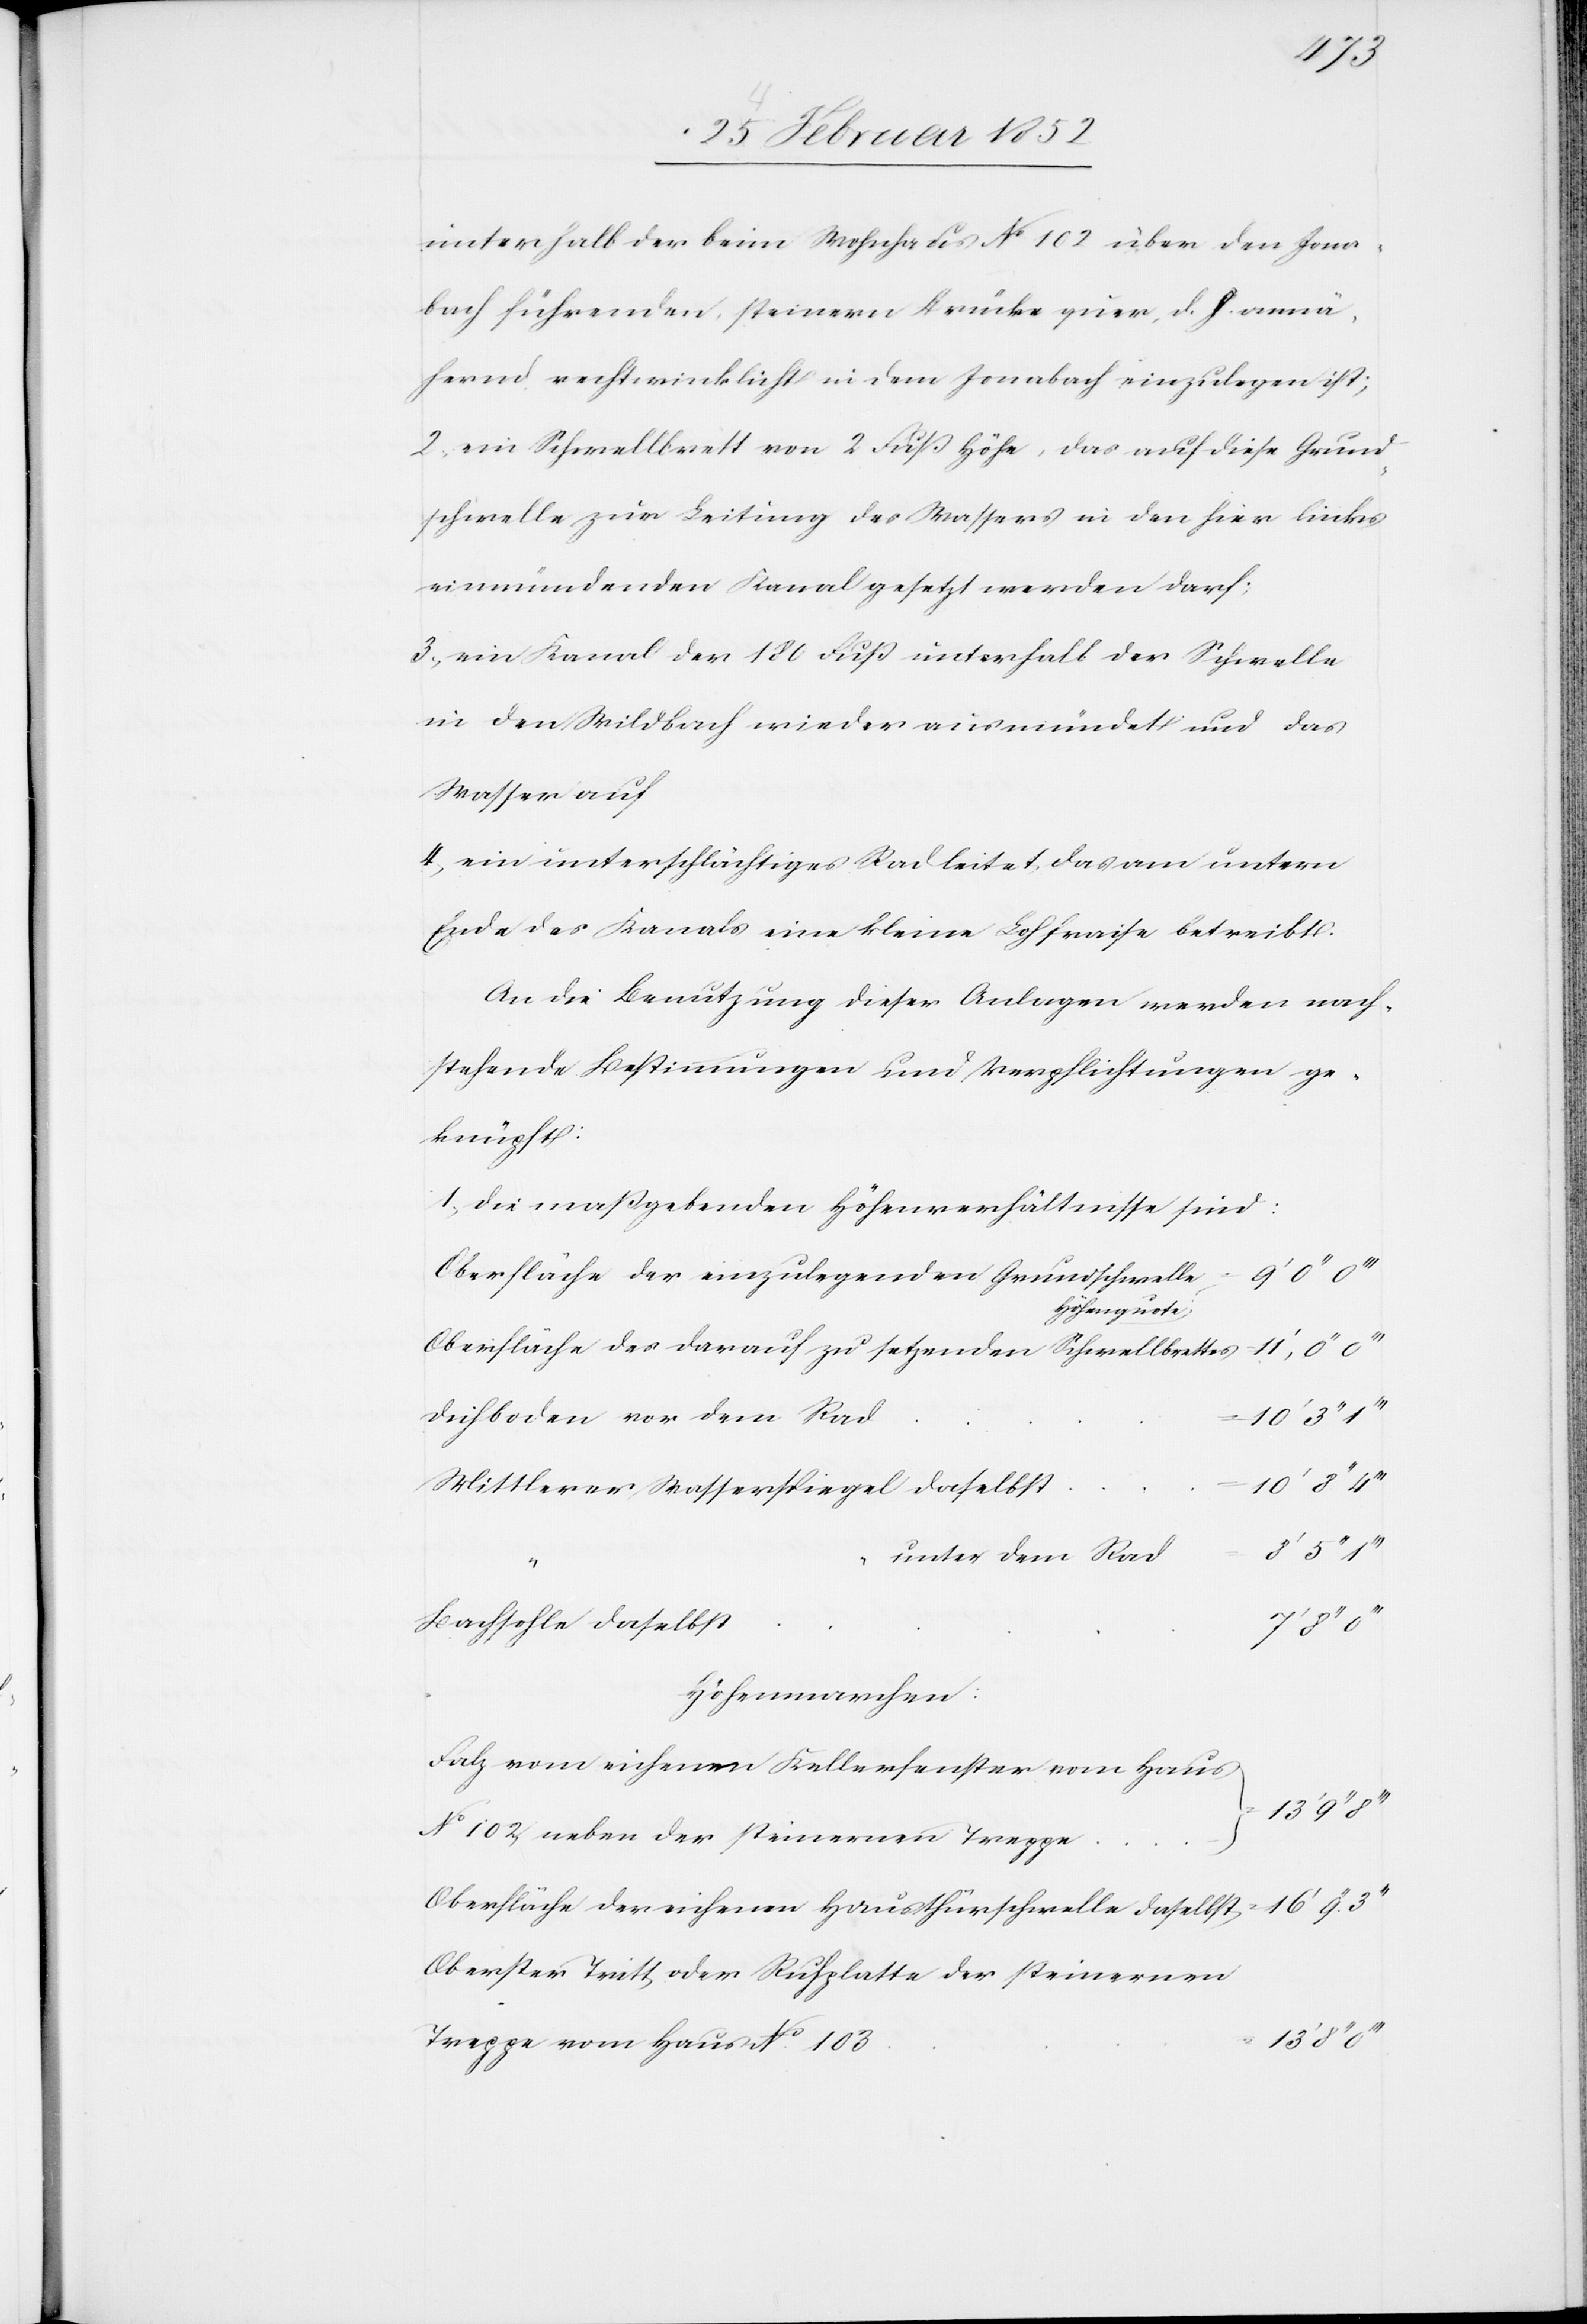
unterhalb der beim Wohnhaus No 102 über den Jona¬
bach führenden steinernen Brücke quer, d. h. annä¬
hernd rechtwinklicht in dem Jonabach einzulegen ist;
2.) ein Schwellbrett von 2 Fuß Höhe, das auf diese Grund¬
schwelle zur Leitung des Wassers in den hier linkes
einmündenden Kanal gesetzt werden darf;
3.) ein Kanal der 180 Fuß unterhalb der Schwelle
in den Wildbach wieder ausmündet und das
Wasser auf
4.) ein unterschlächtiges Rad leitet, das am untern
Ende des Kanals eine kleine Lohfraise betreibt.
An die Benutzung dieser Anlagen werden nach¬
stehende Bestimmungen und Verpflichtungen ge¬
knüpft:
1.) Die maßgebenden Höhenverhältnisse sind:
7’ 8’’ 0’’’
Oberfläche der einzulegenden Grundschwelle
Höhenquote
Oberfläche des darauf zu setzenden Schwellbrettes
Deichboden vor dem Rad
10’ 8’’
Mittlerer Wasserspiegel daselbst
unter dem Rad
Bachsohle daselbst
Höhenmarchen:
Falz vom eichenen Kellerfenster vom Haus
No 102 ueber der steinernen Treppe
Oberfläche der eichenen Hausthürschwelle daselbst
Oberster Tritt oder Ruhplatte der steinernen
Treppe vom Haus No 103